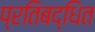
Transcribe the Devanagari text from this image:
प्रतिबद्धित